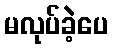
မလုပ်ခဲ့ပေ